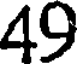
49